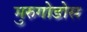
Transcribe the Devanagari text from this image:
मुरुगोडोस